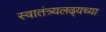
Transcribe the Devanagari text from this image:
स्वातंत्र्यलढ्यच्या